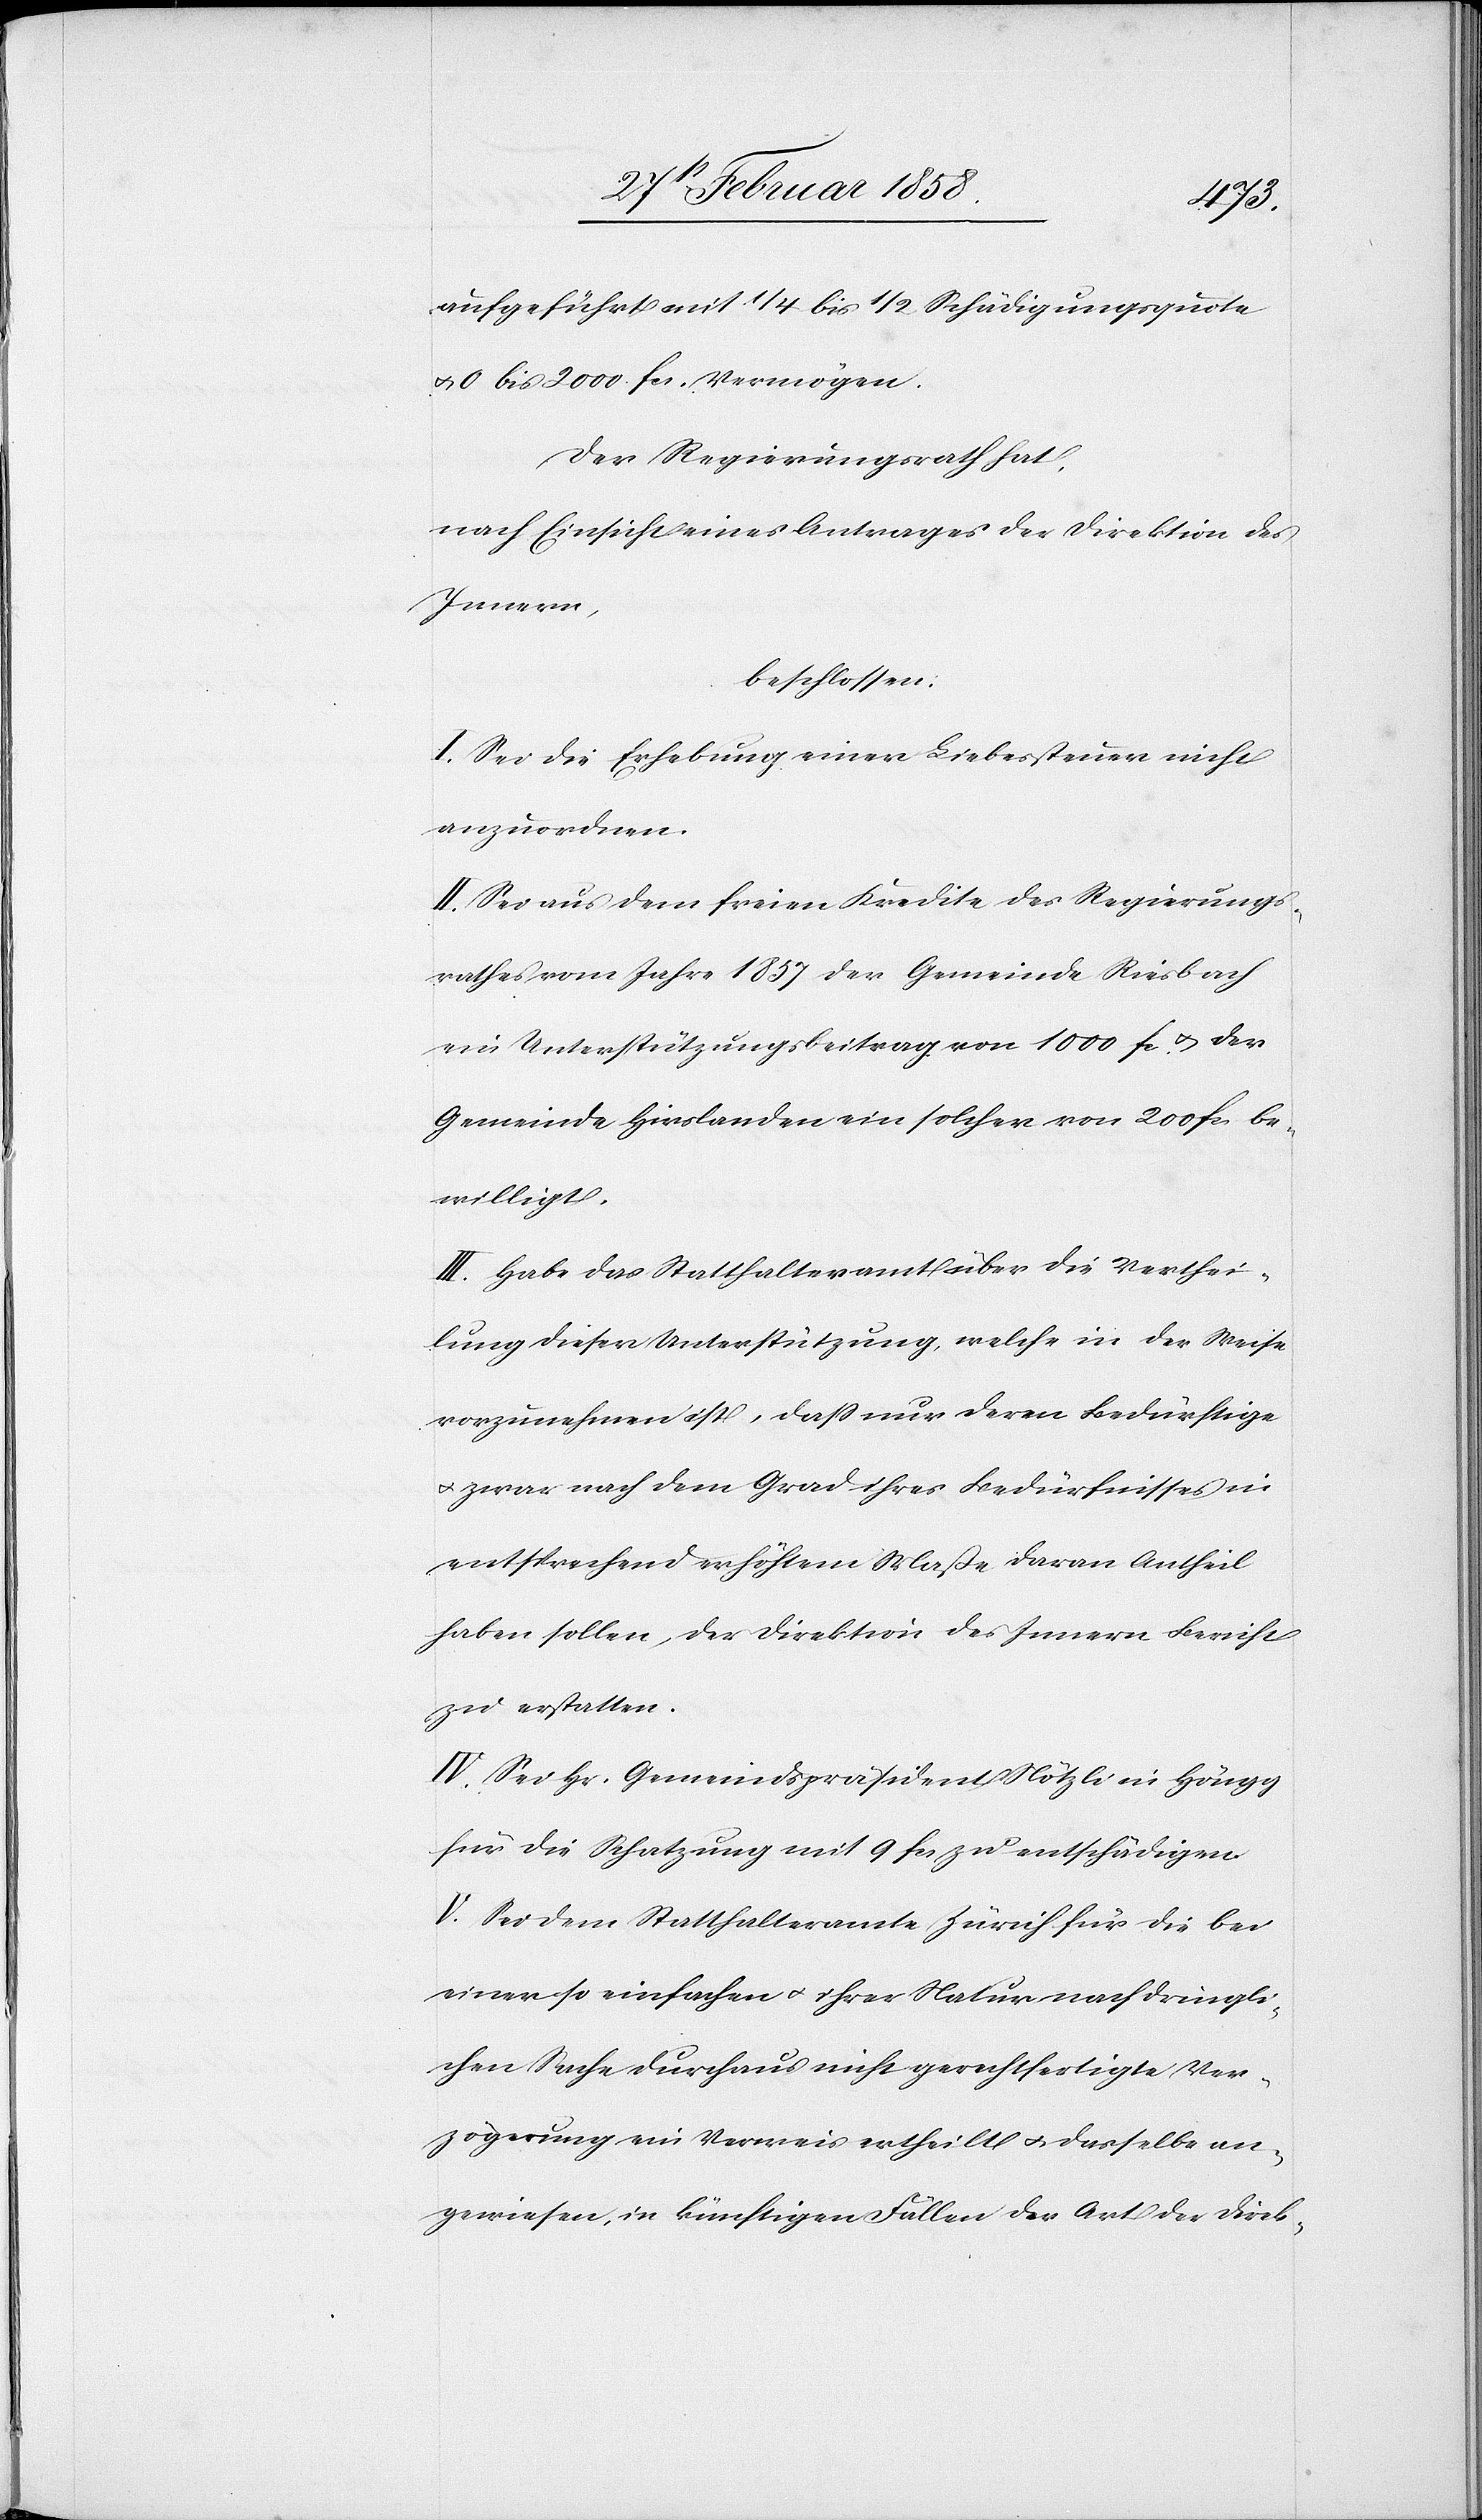
aufgeführt mit 1/4 bis 1/2 Schädigungsquote
u. 0 bis 200 fcs. Vermögen.
Der Regierungsrath hat,
nach Einsicht eines Antrages der Direktion des
Innern,
beschlossen:
I. Sei die Erhebung einer Liebessteuer nicht
anzuordnen.
II. Sei aus dem freien Kredite des Regierungs¬
rathes vom Jahre 1857 der Gemeinde Riesbach
ein Unterstützungsbeitrag von 1000 fc u. der
Gemeinde Hirslanden ein solcher von 200 fcs. be¬
willigt.
III. Habe das Statthalteramt über die Verthei¬
lung dieser Unterstützung, welche in der Weise
vorzunehmen ist, daß nur deren Bedürftige
u. zwar nach dem Grad ihres Bedürfnisses in
entsprechend erhöhtem Maße daran Antheil
haben sollen, der Direktion des Innern Bericht
zu erstatten.
IV. Sei Hr. Gemeindspräsident Nötzli in Höngg
für die Schatzung mit 9 fcs. zu entschädigen.
V. Sei dem Statthalteramte Zürich für die bei
einer so einfachen u. ihrer Natur nach dringli¬
chen Sache durchaus nicht gerechtfertigte Ver¬
zögerung ein Verweis ertheilt u. dasselbe an¬
gewiesen, in künftigen Fällen der Art der Direk-